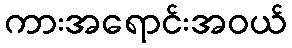
ကားအရောင်းအဝယ်